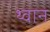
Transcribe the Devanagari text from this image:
थ्वान